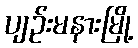
ပျဉ်းမနားမြို့